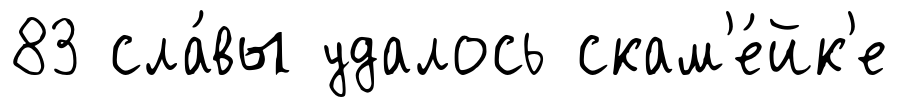
83 сла́вы удалось скам'е́йк'е